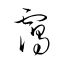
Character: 靄